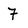
Character: 7